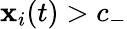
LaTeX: \mathbf{x}_{i}(t)>c_{-}